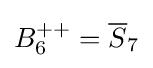
B_{6}^{++}={\overline {S}}_{7}